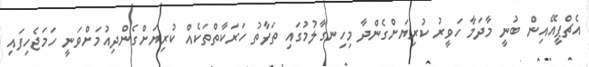
އެޗްޕީއޭއިން ބުނީ މާދަމާ ހަވީރު ކުރިޔަށްގެންދާ މިހިނގާލުމުގައި ތަފާތު ހަރަކާތްތަކެއް ކުރިޔަށްގެންދިއުމަށްވަނީ ހަމަޖެހިފައި